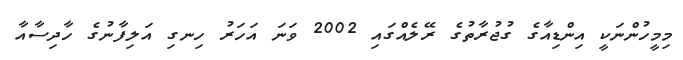
މިމީހުންނަކީ އިންޑިއާގެ ގުޖުރާތުގެ ރޭލެއްގައި 2002 ވަނަ އަހަރު ހިނގި އަލިފާނުގެ ހާދިސާއާ